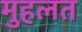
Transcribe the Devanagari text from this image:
मुहलत